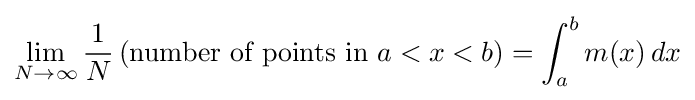
\lim _{N\to \infty }{\frac {1}{N}}\,({\mbox{number of points in }}a<x<b)=\int _{a}^{b}m(x)\,dx